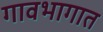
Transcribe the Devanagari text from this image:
गावभागात